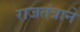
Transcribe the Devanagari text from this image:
राजतंत्राने